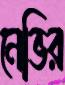
নেভির